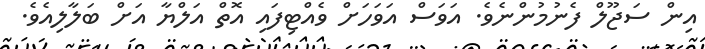
އިން ސަޖޫލް ފެނުމުންނެވެ. އަވަސް އަވަހަށް ވެއްޓިފައި އޮތް އަލްޔާ އަށް ބަލާލިއެވެ.